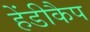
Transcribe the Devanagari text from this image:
हेंडीकैप